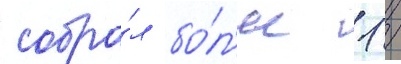
собра́л бо́л'ее 1 /